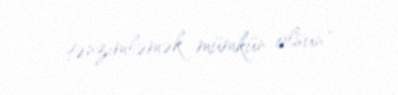
tənzimləmək mümkün olsun".